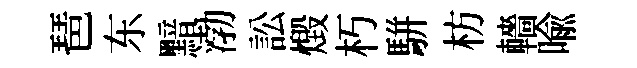
琶东黯渤訟燬朽駢枋轖喩